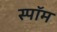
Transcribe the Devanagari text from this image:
स्पॉम